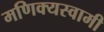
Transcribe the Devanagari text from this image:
मणिक्यस्वामी